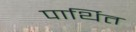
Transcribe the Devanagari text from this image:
पार्थित